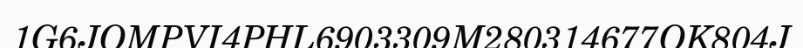
1G6JOMPVI4PHL6903309M280314677OK804J